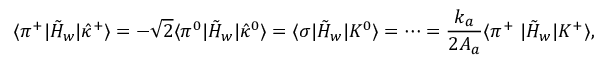
\langle { \pi ^ { + } | \tilde { H } _ { w } | \hat { \kappa } ^ { + } } \rangle = - \sqrt { 2 } \langle { \pi ^ { 0 } | \tilde { H } _ { w } | \hat { \kappa } ^ { 0 } } \rangle = \langle { \sigma | \tilde { H } _ { w } | K ^ { 0 } } \rangle = \cdots = { \frac { k _ { a } } { 2 A _ { a } } } \langle { \pi ^ { + } \, \, | \tilde { H } _ { w } | K ^ { + } } \rangle ,